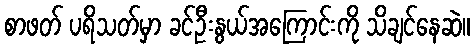
စာဖတ် ပရိသတ်မှာ ခင်ဦးနွယ်အကြောင်းကို သိချင်နေဆဲ။